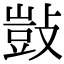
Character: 敱